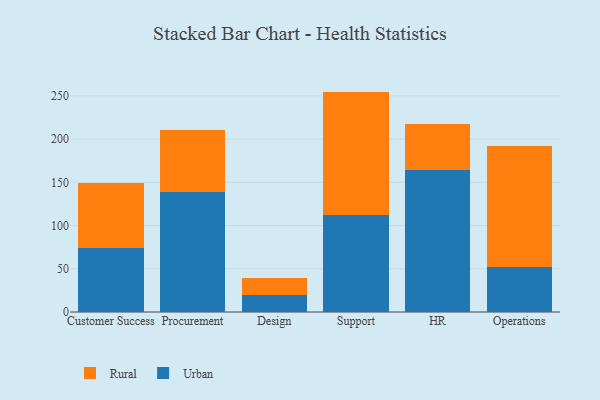
{"axis": {"x": "Department", "y": "Revenue (USD Million)"}, "legend": ["Rural", "Urban"], "data": [{"x": "Customer Success", "y": 73.5, "type": "Urban"}, {"x": "Customer Success", "y": 76.3, "type": "Rural"}, {"x": "Procurement", "y": 139.0, "type": "Urban"}, {"x": "Procurement", "y": 71.9, "type": "Rural"}, {"x": "Design", "y": 19.1, "type": "Urban"}, {"x": "Design", "y": 20.4, "type": "Rural"}, {"x": "Support", "y": 111.9, "type": "Urban"}, {"x": "Support", "y": 143.1, "type": "Rural"}, {"x": "HR", "y": 164.8, "type": "Urban"}, {"x": "HR", "y": 53.2, "type": "Rural"}, {"x": "Operations", "y": 52.2, "type": "Urban"}, {"x": "Operations", "y": 140.2, "type": "Rural"}]}